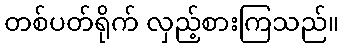
တစ်ပတ်ရိုက် လှည့်စားကြသည်။